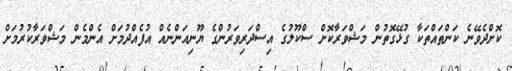
ކޮށްދެވޭނެ ކަންތައްތަކާ ގުޅޭގޮތުން މަޝްވަރާކޮށް ސްކޫލުގެ އިސްދަރިވަރުންގެ ޔޫނިއަންނެއް އުފެއްދުމަށް އެންމެން މަޝްވަރާކުރުމަށް